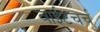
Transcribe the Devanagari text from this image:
वाईटचर्च